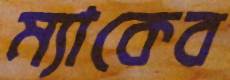
ম্যাকেব